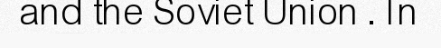
and the Soviet Union . In